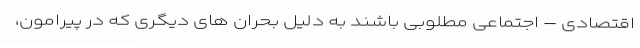
اقتصادی – اجتماعی مطلوبی باشند به دلیل بحران های دیگری که در پیرامون،